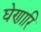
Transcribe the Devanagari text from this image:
घेणारि